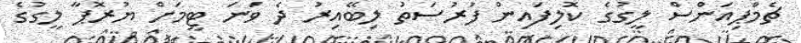
ޗެމްޕިއަންސް ލީގުގެ ކޮލިފައިން ފުރުސަތު ލިބޭއިރު ދެ ވަނަ ޓީމަށް ޔުރޮޕާ ލީގުގެ